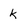
Character: k